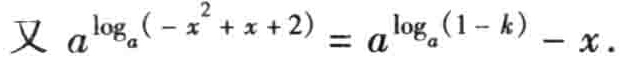
又 \(a^{\log_{a}(-x^{2}+x + 2)} = a^{\log_{a}(1 - k)} - x\) 。